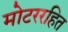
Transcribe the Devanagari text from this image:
मोटररहित